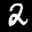
Label: 2